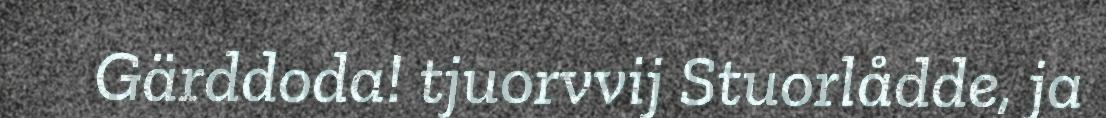
Gärddoda! tjuorvvij Stuorlådde, ja